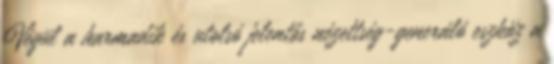
Végül a harmadik és utolsó jelentős nézettség-generáló eszköz a